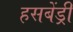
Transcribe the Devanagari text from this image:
हसबेंड्री